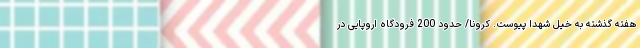
هفته گذشته به خیل شهدا پیوست. کرونا/ حدود 200 فرودگاه اروپایی در